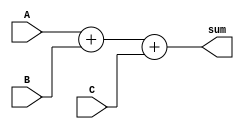
module carry_save_adder(
    input wire [3:0] A,
    input wire [3:0] B,
    input wire [3:0] C,
    output wire [3:0] sum
);

wire [3:0] partial_sum_1, partial_sum_2, carry_out_1, carry_out_2;

// First stage of Carry Save Adder
assign {carry_out_1, partial_sum_1} = A + B;

// Second stage of Carry Save Adder
assign {carry_out_2, sum} = partial_sum_1 + C;

endmodule